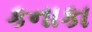
કનાકા